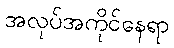
အလုပ်အကိုင်နေရာ